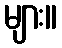
များ။